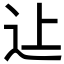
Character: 𨑗